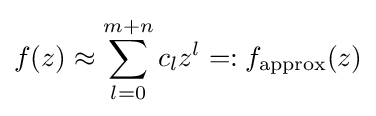
f(z)\approx \sum _{l=0}^{m+n}c_{l}z^{l}=:f_{\mathrm {approx} }(z)